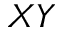
X Y